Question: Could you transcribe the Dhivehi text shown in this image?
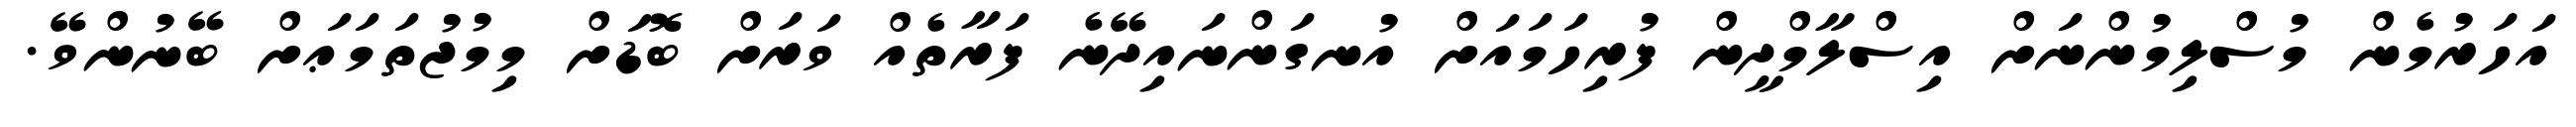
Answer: އަހަރުމެން މުސްލިމުންނަށް އިސްލާމްދީން ފުރިހަމައަށް އުނގަންނައިދޭނެ ފަރާތެއް ވަރަށް ބޮޑަށް މިމުޖުތަމަޢަށް ބޭނުންވޭ.